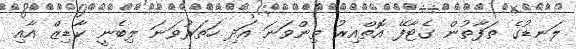
ލަނޑުގެ ތަފާތުން ގެޓާފޭ އޮތްއިރު ތިންވަނަ އަދި ހަތަރުވަނަ ލިބެނީ ކާޑިޒް އާއި